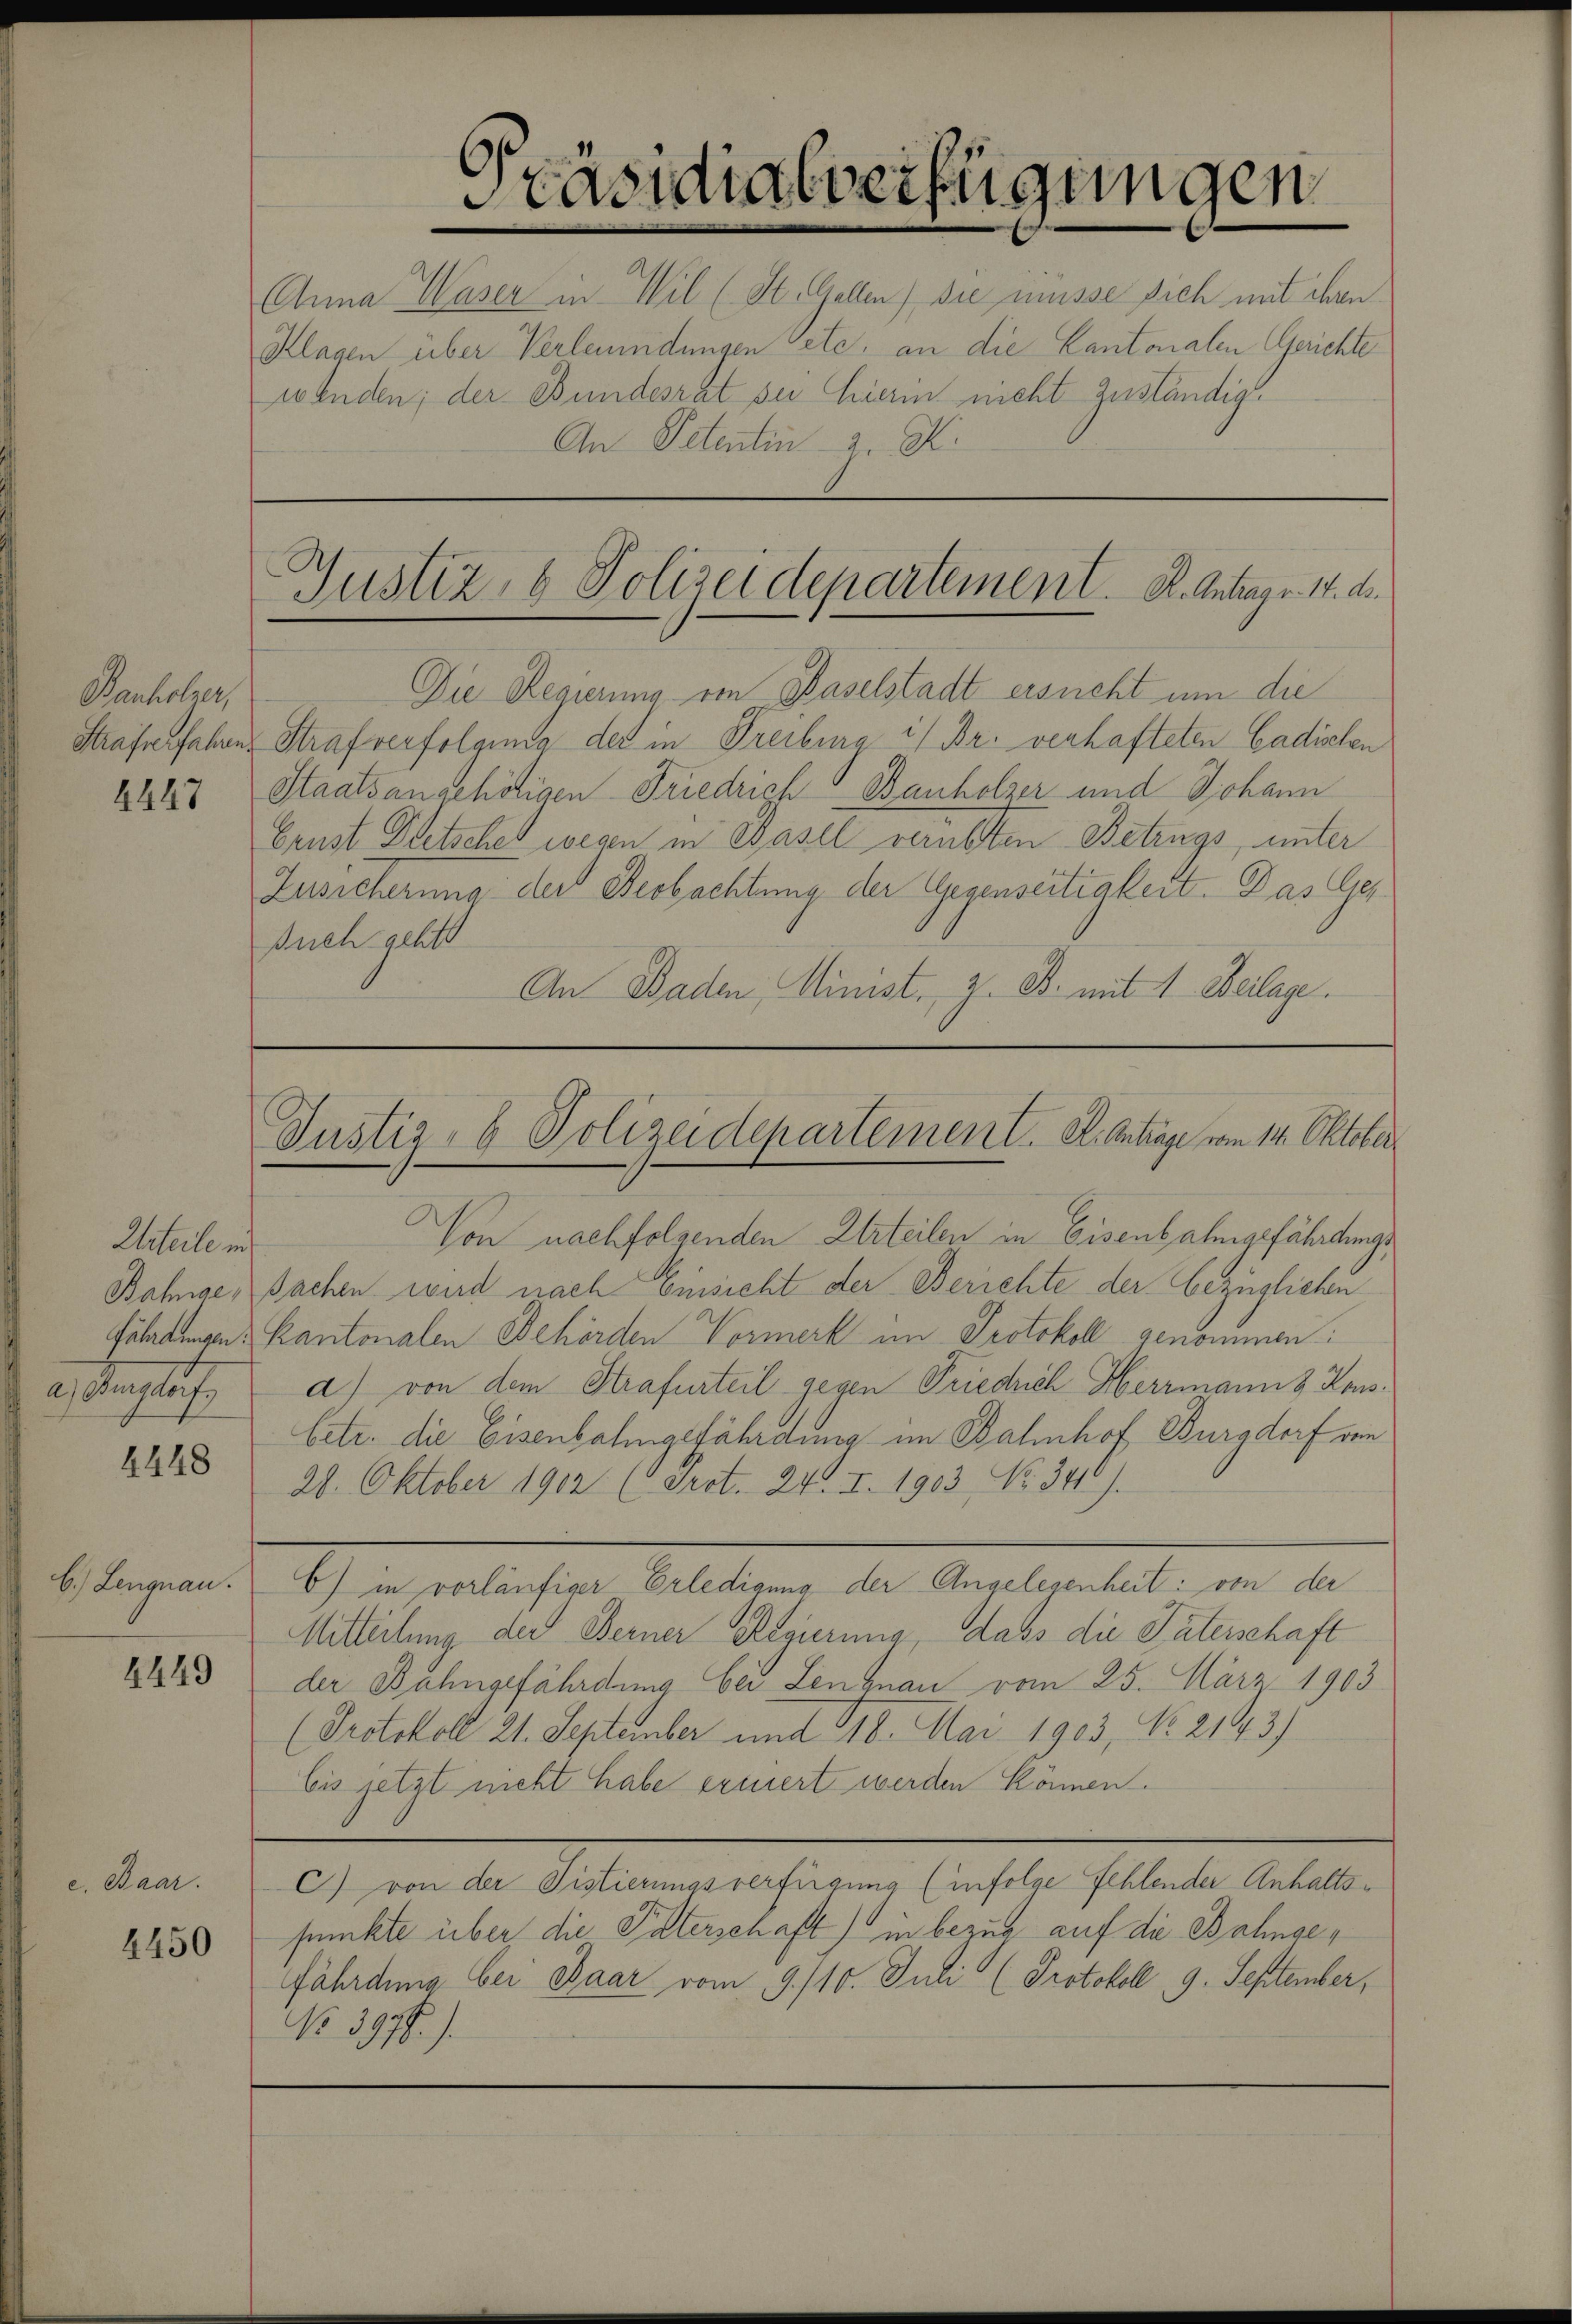
Banholzer,

4447

Eiteile in
a. Angelauf

4448

b.) Lengnau.

4449

e. Maar.

4450

Anna Waser in Wil (St. Gellen die müsse sich mit ihren
Klagen über Verleumdungen vete, an die Cantonalen Gerichte
wenden; der Bundesrat sie hierin nicht zuständig.
An Petentin z. B.

Präsidialverfügungen

Justiz & Polizeidepartement. B. Antrage. 14. de

Die Regierung von Baselstadt ersucht um die
Strafverfahres Strafverfolgenda der in Freiburg i/ Br. verhafteten Cadischen
Staatsangehörigen Friedrich Bauholzer und Johann
Geust Dietschel wegen in Basel verübten Betrugs, unter
Zusicherung der Beobachtung der Gegenseitigkeit. Das Ges
srich geht
An Baden, Minist, z. B. mit 1. Beilage.

Justiz- & Polizeidepartement. A. Antrage vom 14. Oktober

Von nachfolgenden Urteilen in Eisenbahngefährdungs¬
Bähige, sachen wird nach Einsicht der Berichte der bezüglichen
Fähren Kantonalen Behörden Vormerk im Protokoll genommen:
d) von dem Strafurteil gegen Friedrich Herrmann & Kons.
Eetr. die Eisenbahngefährdung im Bahnhof Burgdorf von
28. Oktober 1902 (drot. 24. I. 1903 No 346).
6) in vorläufiger Erledigung der Angelegenheit: von der
Mitteilung der Berner Regierung, dass die Paterschaft
der Bahngefährdung bei Lengnau vom 25. März 1903
(Protokoll 21. September und 118. Mai 1903, No. 2143)
bis jetzt nicht habe erniert werden können.
C) von der Pistierungsverfügung (infolge fehlender Anhaltsfunkte über die Paterschaft) in bezug auf die Bahnsefährdung bei Baar vom 9. 110. Juli (Protokoll, 9. September,
No 3977.).